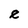
Character: e